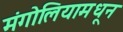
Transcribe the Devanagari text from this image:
मंगोलियामधून